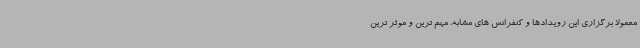
معمولا برگزاری این رویدادها و کنفرانس های مشابه، مهم ترین و موثر ترین